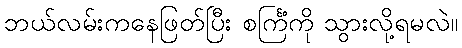
ဘယ်လမ်းကနေဖြတ်ပြီး စင်္ကြံကို သွားလို့ရမလဲ။